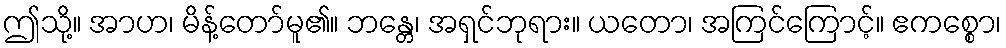
ဤသို့။ အာဟ၊ မိန့်တော်မူ၏။ ဘန္တေ၊ အရှင်ဘုရား။ ယတော၊ အကြင်ကြောင့်။ ဧကစ္စော၊